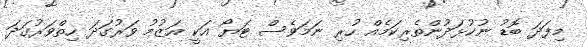
މިފަދަ ބޮޑު ނުކުޅަދުންތެރިކަމެއް ހުރި ނަމަވެސް ޓަޔޯ އަކީ އަޒުމު ވަރުގަދަ ހިތްވަރުގަދަ